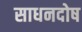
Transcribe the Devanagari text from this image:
साधनदोष